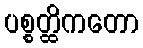
ပစ္စတ္ထိကတော